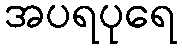
အပရပုရေ